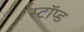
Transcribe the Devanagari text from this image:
स्टॉप्ड